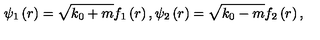
\psi _ { 1 } \left( r \right) = \sqrt { k _ { 0 } + m } f _ { 1 } \left( r \right) , \psi _ { 2 } \left( r \right) = \sqrt { k _ { 0 } - m } f _ { 2 } \left( r \right) ,